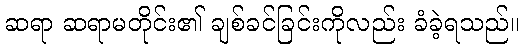
ဆရာ ဆရာမတိုင်း၏ ချစ်ခင်ခြင်းကိုလည်း ခံခဲ့ရသည်။